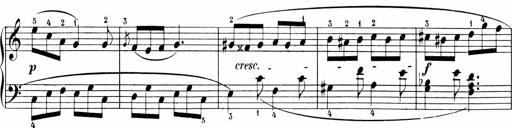
Title: Sonatinen Op.47, 98 und 136, nebst 6 Liedersonatinen
Composer: Carl Reinecke